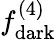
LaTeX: f_{\mathrm{dark}}^{(4)}